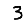
Digit: 3